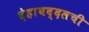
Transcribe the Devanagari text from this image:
देहाबद्दलची